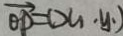
\overrightarrow { O D } = D ( _ { 1 } \cdot y _ { 1 } )